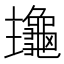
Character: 𪚹